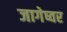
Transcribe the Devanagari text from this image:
जागेष्वर